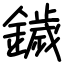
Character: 鐬